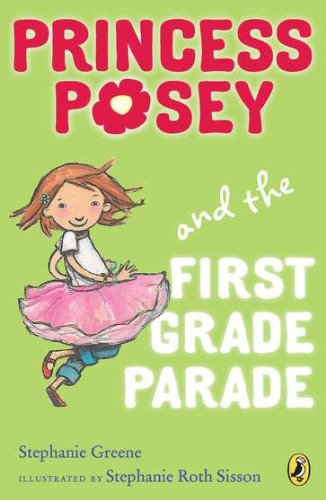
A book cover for Princess Posey and the First Grade Parade: Book 1 (Princess Posey, First Grader); Stephanie Greene; Children's Books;